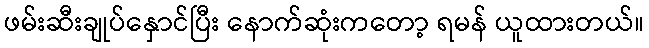
ဖမ်းဆီးချုပ်နှောင်ပြီး နောက်ဆုံးကတော့ ရမန် ယူထားတယ်။